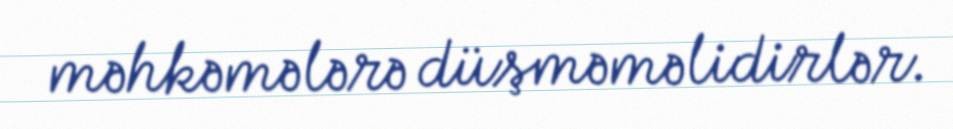
məhkəmələrə düşməməlidirlər.